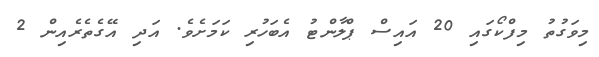
މިވަގުތު މިފްކޯގައި 20 އައިސް ޕްލާންޓު އެބަހުރި ކަމަށެވެ. އަދި އޭގެތެރެއިން 2